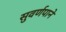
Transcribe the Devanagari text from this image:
सुवर्णपाने